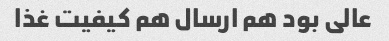
عالی بود هم ارسال هم کیفیت غذا